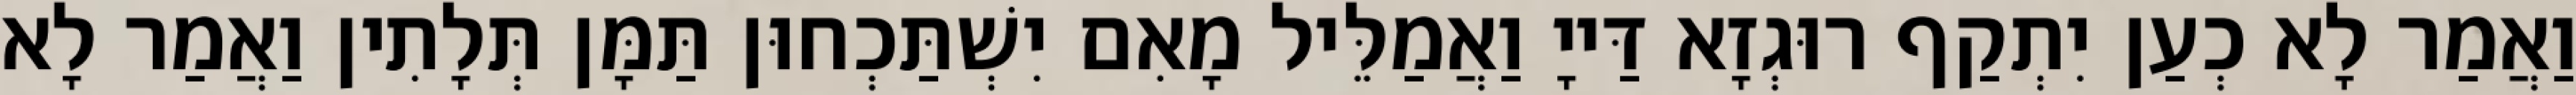
וַאֲמַר לָא כְעַן יִתְקַף רוּגְזָא דַּייָ וַאֲמַלֵּיל מָאִם יִשְׁתַּכְחוּן תַּמָּן תְּלָתִין וַאֲמַר לָא